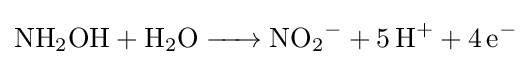
{\ce {NH2OH + H2O -> NO2^- + 5 H+ + 4e^-}}